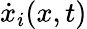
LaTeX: \dot{x}_{i}(x,t)